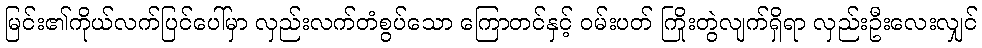
မြင်း၏ကိုယ်လက်ပြင်ပေါ်မှာ လှည်းလက်တံစွပ်သော ကြောတင်နှင့် ဝမ်းပတ် ကြိုးတွဲလျက်ရှိရာ လှည်းဦးလေးလျှင်